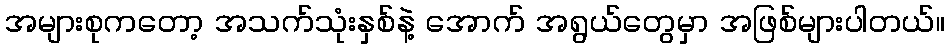
အများစုကတော့ အသက်သုံးနှစ်နဲ့ အောက် အရွယ်တွေမှာ အဖြစ်များပါတယ်။